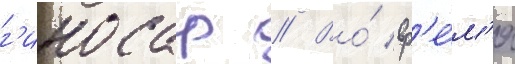
г'иносар // Во́ вр'е́м'я